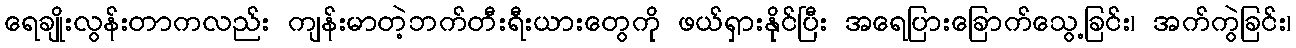
ရေချိုးလွန်းတာကလည်း ကျန်းမာတဲ့ဘက်တီးရီးယားတွေကို ဖယ်ရှားနိုင်ပြီး အရေပြားခြောက်သွေ့ခြင်း၊ အက်ကွဲခြင်း၊